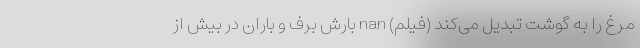
مرغ را به گوشت تبدیل می‌کند (فیلم) nan بارش برف و باران در بیش از